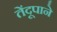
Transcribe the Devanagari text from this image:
तेंदूपाने